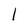
Character: 1